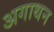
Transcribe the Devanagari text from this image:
अगाथन